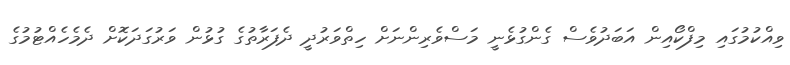
ވިއްކުމުގައި މިފްކޯއިން އަބަދުވެސް ގެންގުޅެނީ މަސްވެރިންނަށް ހިތްވަރުދީ ދެފަރާތުގެ ގުޅުން ވަރުގަދަކޮށް ދެމެހެއްޓުމުގެ